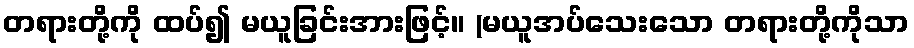
တရားတို့ကို ထပ်၍ မယူခြင်းအားဖြင့်။ (မယူအပ်သေးသော တရားတို့ကိုသာ